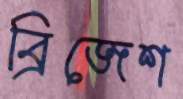
ব্রিজেশ